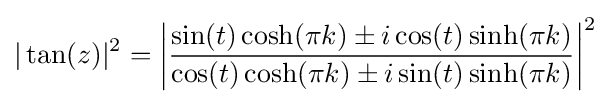
|\tan(z)|^{2}=\left|{\frac {\sin(t)\cosh(\pi k)\pm i\cos(t)\sinh(\pi k)}{\cos(t)\cosh(\pi k)\pm i\sin(t)\sinh(\pi k)}}\right|^{2}